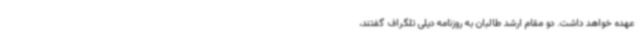
عهده خواهد داشت. دو مقام ارشد طالبان به روزنامه دیلی تلگراف گفتند،